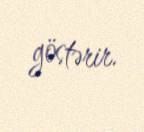
göstərir.